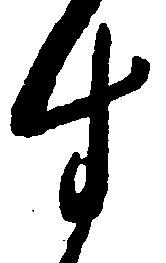
す